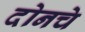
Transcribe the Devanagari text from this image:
दोनचे